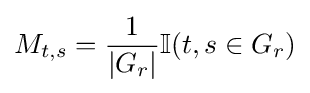
M_{t,s}={\frac {1}{|G_{r}|}}\mathbb {I} (t,s\in G_{r})